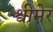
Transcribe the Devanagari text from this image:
श्वीमेर